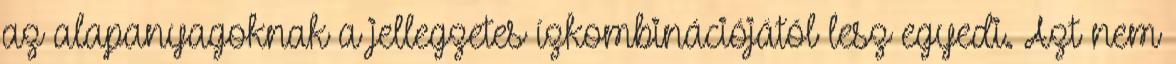
az alapanyagoknak a jellegzetes ízkombinációjától lesz egyedi. Azt nem